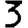
Digit: 3